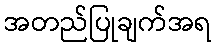
အတည်ပြုချက်အရ